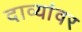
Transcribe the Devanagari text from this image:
दाव्यांवर